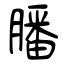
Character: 膰